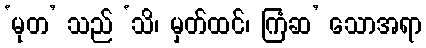
‘မုတ’ သည် ‘သိ၊ မှတ်ထင်၊ ကြံဆ’ သောအရာ